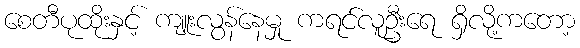
စေတီပုထိုးနှင့် ကျူးလွန်နေမှု ကရင်လူဦးရေ ရှိလို့ကတော့